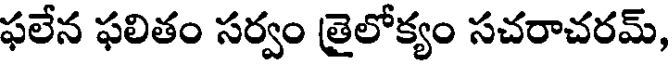
ఫలేన ఫలితం సర్వం తైలోక్యం సచరాచరమ్,